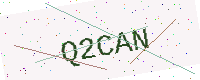
Text: Q2CAN